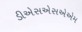
ડીએસએસએએમ